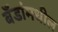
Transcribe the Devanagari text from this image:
बँडांमधील